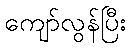
ကျော်လွန်ပြီး